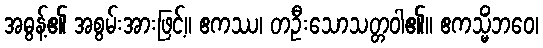
အဓွန့်၏ အစွမ်းအားဖြင့်။ ဧကဿ၊ တဦးသောသတ္တဝါ၏။ ဧကသ္မိံဘဝေ၊